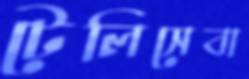
টেলিসেবা